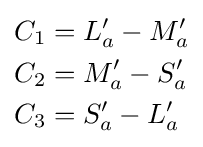
{\begin{aligned}C_{1}&=L_{a}^{\prime }-M_{a}^{\prime }\\C_{2}&=M_{a}^{\prime }-S_{a}^{\prime }\\C_{3}&=S_{a}^{\prime }-L_{a}^{\prime }\end{aligned}}